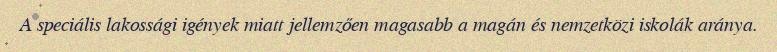
A speciális lakossági igények miatt jellemzően magasabb a magán és nemzetközi iskolák aránya.